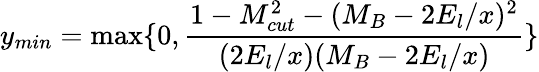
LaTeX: y_{min}=\operatorname*{max}\{ 0,\frac{1-M_{cut}^{2}-(M_{B}-2E_{l}/x)^{2}}{(2E_{l}/x)(M_{B}-2E_{l}/x)}\}